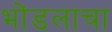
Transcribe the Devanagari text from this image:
भोंडलाचा